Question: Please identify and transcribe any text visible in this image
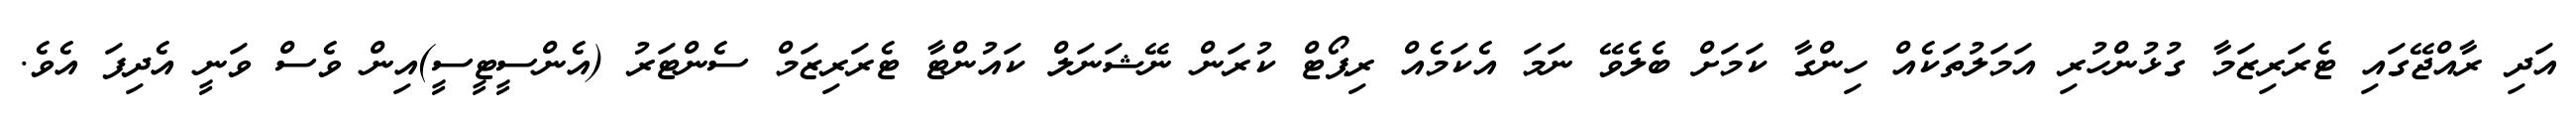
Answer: އަދި ރާއްޖޭގައި ޓެރަރިޒަމާ ގުޅުންހުރި އަމަލުތަކެއް ހިންގާ ކަމަށް ބެލެވޭ ނަމަ އެކަމެއް ރިޕޯޓް ކުރަން ނޭޝަނަލް ކައުންޓާ ޓެރަރިޒަމް ސެންޓަރު (އެންސީޓީސީ)އިން ވެސް ވަނީ އެދިފަ އެވެ.